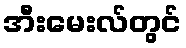
အီးမေးလ်တွင်